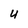
Character: 4